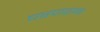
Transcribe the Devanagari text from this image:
चरणराग